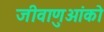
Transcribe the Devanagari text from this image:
जीवाणुओंको